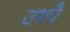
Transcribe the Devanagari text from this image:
उथपै